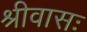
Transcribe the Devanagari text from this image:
श्रीवासः